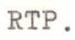
RTP.